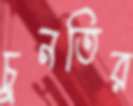
চুনতির